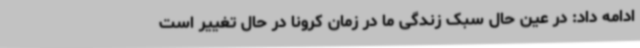
ادامه داد: در عین حال سبک زندگی ما در زمان کرونا در حال تغییر است